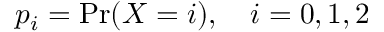
p _ { i } = \mathrm { P r } ( X = i ) , \quad i = 0 , 1 , 2